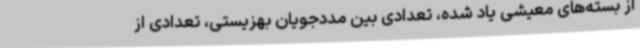
از بسته‌های معیشی یاد شده، تعدادی بین مددجویان بهزیستی، تعدادی از